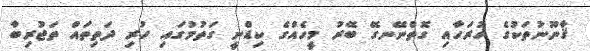
ޤާނޫނުތަކުގެ ހުރަހާއި ގޮތްނޭނގޭ ބޭރު މީހެއްގެ ކިޑްނީ ގަތުމުގައި ހުރި ދަތިތައް ތަޖުރިބާ